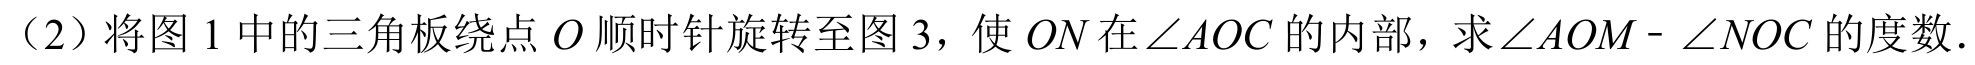
（2）将图1中的三角板绕点\(O\)顺时针旋转至图3，使\(ON\)在\(\angle AOC\)的内部，求\(\angle AOM - \angle NOC\)的度数.